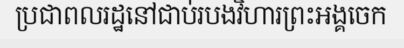
ប្រជាពលរដ្ឋនៅជាប់របងវិហារព្រះអង្គចេក